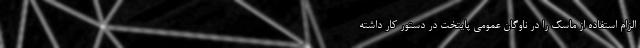
الزام استفاده از ماسک را در ناوگان عمومی پایتخت در دستور کار داشته